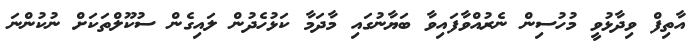
އާތިފް ވިދާޅުވީ މުހުސިން ނެރުއްވާފައިވާ ބަޔާނުގައި މާދަމާ ކަޅުހެދުން ލައިގެން ސުކޫލްތަކަށް ނުކުންނަ